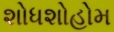
શોધશોહોમ